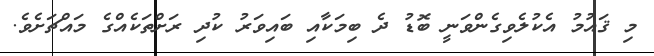
މި ޤައުމު އެކުލެވިގެންވަނީ ބޮޑު ދެ ބިމަކާއި ބައިވަރު ކުދި ރަށްތަކެއްގެ މައްޗަށެވެ.